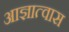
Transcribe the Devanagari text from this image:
आज्ञात्वास